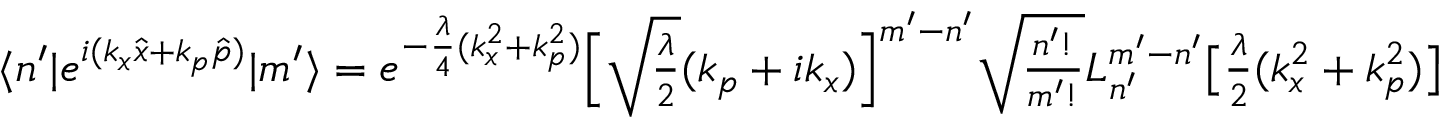
\begin{array} { r } { \langle n ^ { \prime } | e ^ { i ( k _ { x } \hat { x } + k _ { p } \hat { p } ) } | m ^ { \prime } \rangle = e ^ { - \frac { \lambda } { 4 } ( k _ { x } ^ { 2 } + k _ { p } ^ { 2 } ) } \Big [ \sqrt { \frac { \lambda } { 2 } } ( k _ { p } + i k _ { x } ) \Big ] ^ { m ^ { \prime } - n ^ { \prime } } \sqrt { \frac { n ^ { \prime } ! } { m ^ { \prime } ! } } L _ { n ^ { \prime } } ^ { m ^ { \prime } - n ^ { \prime } } \big [ \frac { \lambda } { 2 } ( k _ { x } ^ { 2 } + k _ { p } ^ { 2 } ) \big ] } \end{array}